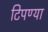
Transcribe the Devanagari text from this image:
टिपण्या